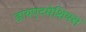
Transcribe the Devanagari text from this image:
डायएटमेशियस